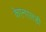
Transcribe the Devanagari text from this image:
केएनएसडी